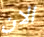
الان